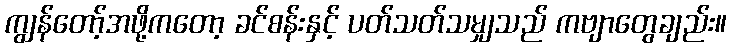
ကျွန်တော့်အဖို့ကတော့ ခင်စန်းနှင့် ပတ်သတ်သမျှသည် ကဗျာတွေချည်း။